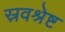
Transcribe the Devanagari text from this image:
स्रवश्रेष्ट